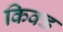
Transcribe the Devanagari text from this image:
किक्ड